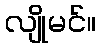
လျိုမင်။